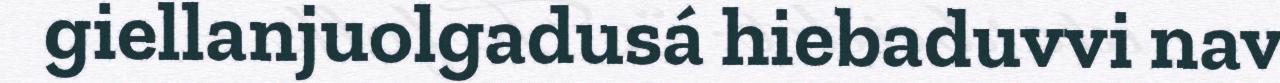
giellanjuolgadusá hiebaduvvi nav